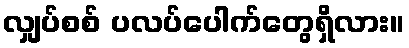
လျှပ်စစ် ပလပ်ပေါက်တွေရှိလား။